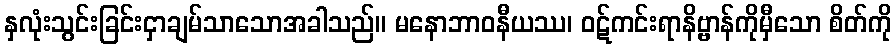
နှလုံးသွင်းခြင်းငှာချမ်သာသောအခါသည်။ မနောဘာဝနီယဿ၊ ဝဋ်ကင်းရာနိဗ္ဗာန်ကိုမှီသော စိတ်ကို